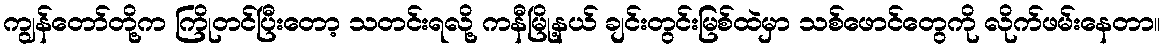
ကျွန်တော်တို့က ကြိုတင်ပြီးတော့ သတင်းရလို့ ကနီမြို့နယ် ချင်းတွင်းမြစ်ထဲမှာ သစ်ဖောင်တွေကို လိုက်ဖမ်းနေတာ။